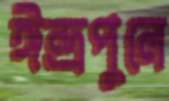
ঈন্দ্রপুলে